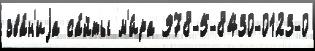
зва́н'иjа са́йты м'и́ра 978-5-8430-0123-0